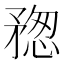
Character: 𥍷